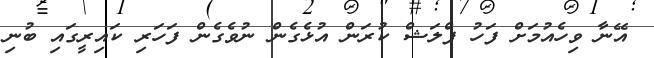
އޭނާ ވިހެއުމަށް ފަހު ފްލަޝް ކުރަން އުޅެގެން ނުވެގެން ފަހަރި ކައިރީގައި ބުނި